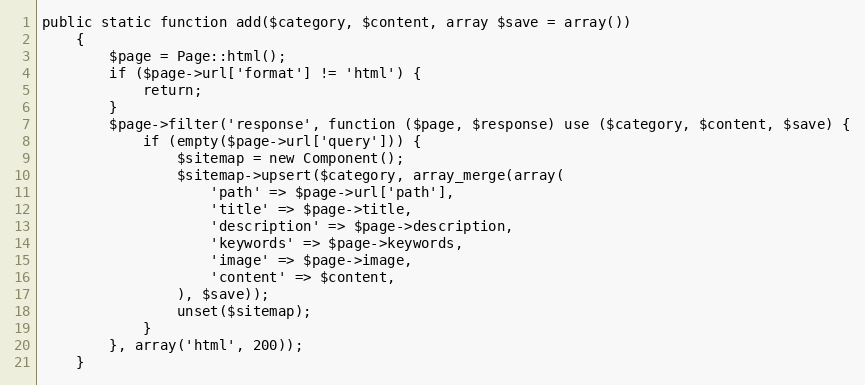
Language: PHP
public static function add($category, $content, array $save = array())
    {
        $page = Page::html();
        if ($page->url['format'] != 'html') {
            return;
        }
        $page->filter('response', function ($page, $response) use ($category, $content, $save) {
            if (empty($page->url['query'])) {
                $sitemap = new Component();
                $sitemap->upsert($category, array_merge(array(
                    'path' => $page->url['path'],
                    'title' => $page->title,
                    'description' => $page->description,
                    'keywords' => $page->keywords,
                    'image' => $page->image,
                    'content' => $content,
                ), $save));
                unset($sitemap);
            }
        }, array('html', 200));
    }